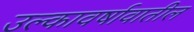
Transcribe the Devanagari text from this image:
उल्कावर्षावातील